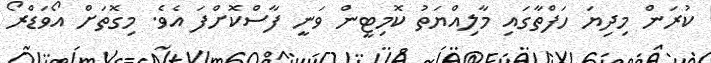
ކުރަން މިދިޔަ ހަފްތާގައި މާލިއްޔަތު ކޮމިޓީން ވަނީ ފާސްކޮށްފަ އެވެ. މިގޮތަށް އޯވަޑްރޯ